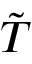
\tilde { \cal T }